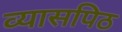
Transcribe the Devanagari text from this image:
व्यासपिठ